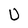
Character: U